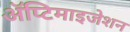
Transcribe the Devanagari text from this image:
ॲप्टिमाइजेशन